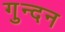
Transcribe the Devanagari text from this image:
गुन्दन